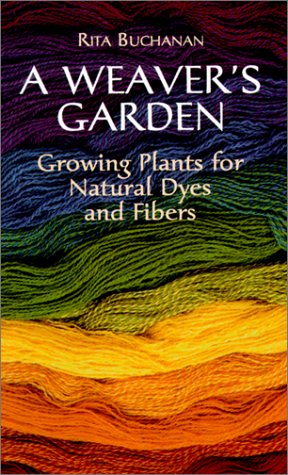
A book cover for A Weaver's Garden: Growing Plants for Natural Dyes and Fibers; Rita Buchanan; Crafts, Hobbies & Home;